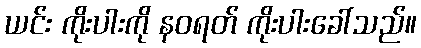
ယင်း ကိုးပါးကို နဝရတ် ကိုးပါးခေါ်သည်။